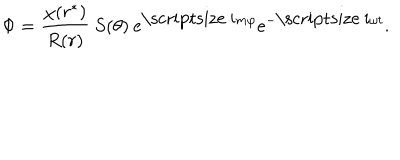
LaTeX: \Phi = \frac { \chi ( r ^ { * } ) } { R ( r ) } \: S ( \theta ) \: \mathrm { e } ^ { \mathrm { \scriptsize ~ i } m \varphi } \mathrm { e } ^ { - \mathrm { \scriptsize ~ i } \omega t } .